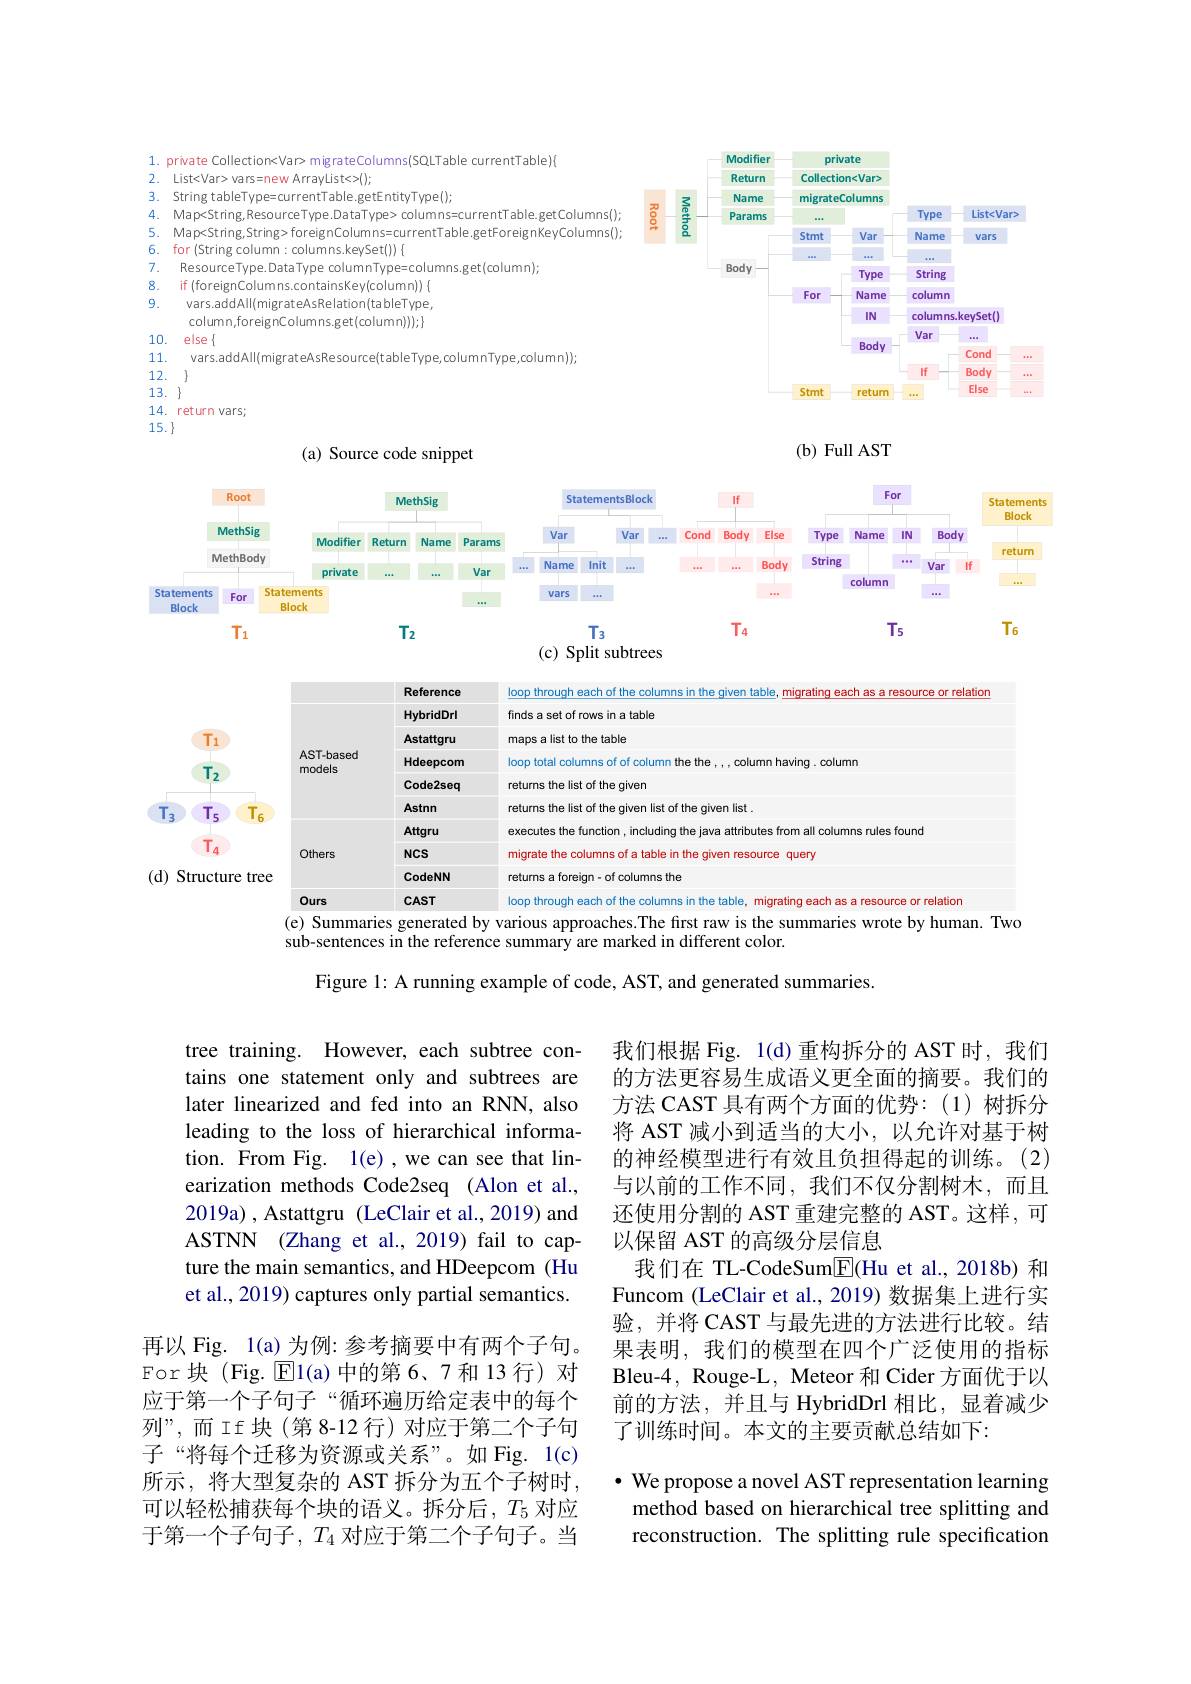
<FigureHere>

sub-sentences in the reference summary are marked in different color.

Figure 1: A running example of code, AST, and generated summaries.

tree training. However, each subtree contains one statement only and subtrees are later linearized and fed into an RNN, also leading to the loss of hierarchical information. From Fig. 1(e),we can see that linearization methods Code2seq (Alon et al., 2019a), Astattgru (LeClair et al., 2019) and ASTNN (Zhang et al., 2019) fail to capture the main semantics, and HDeepcom (Hu et al., 2019) captures only partial semantics.

我们根据 Fig. 1(d)重构拆分的 AST 时，我们的方法更容易生成语义更全面的摘要。我们的方法 CAST 具有两个方面的优势：(1)树拆分将 AST 减小到适当的大小，以允许对基于树的神经模型进行有效且负担得起的训练。(2) 与以前的工作不同，我们不仅分割树木，而且还使用分割的 AST 重建完整的 AST。这样，可以保留 AST 的高级分层信息
我们在 TL-CodeSum$\underline{\mathrm{E}}($Hu et al.,2018b) 和Funcom (LeClair et al., 2019) 数据集上进行实验，并将 CAST 与最先进的方法进行比较。结果表明，我们的模型在四个广泛使用的指标Bleu-4, Rouge-L, Meteor 和 Cider 方面优于以前的方法，并且与 HybridDrl 相比，显着减少了训练时间。本文的主要贡献总结如下：

再以 Fig. 1(a) 为例：参考摘要中有两个子句。$\operatorname{For}$块(Fig.$\operatorname{E}$l(a)中的第6、7和13行)对应于第一个子句子“循环遍历给定表中的每个列”,而If块(第8-12行)对应于第二个子句子“将每个迁移为资源或关系”。如 Fig. 1(c) 所示，将大型复杂的 AST 拆分为五个子树时， 可以轻松捕获每个块的语义。拆分后，$T_5$对应于第一个子句子，$T_4$对应于第二个子句子。当

· We propose a novel AST representation learning
method based on hierarchical tree splitting and reconstruction. The splitting rule specification